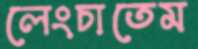
লেংচাতেম